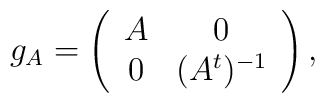
g_{A}=\left(\begin{array}{cc} A & 0 \\ 0 & (A^t)^{-1}\end{array}\right),